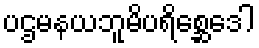
ပဌမနယဘူမိပရိစ္ဆေဒေါ